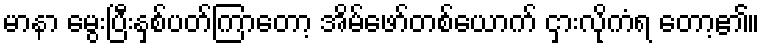
မာနာ မွေးပြီးနှစ်ပတ်ကြာတော့ အိမ်ဖော်တစ်ယောက် ငှားလိုကံရ တော့၏။